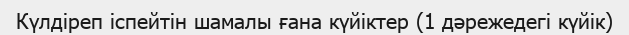
Күлдіреп іспейтін шамалы ғана күйіктер (1 дәрежедегі күйік)